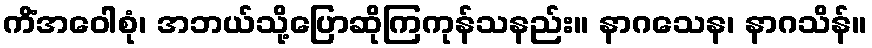
ကိံအဝေါစုံ၊ အဘယ်သို့ပြောဆိုကြကုန်သနည်း။ နာဂသေန၊ နာဂသိန်။